Civil Veterinary Department. Madras. Admin. report 1926-33 - 1926-1933
Year: 1926
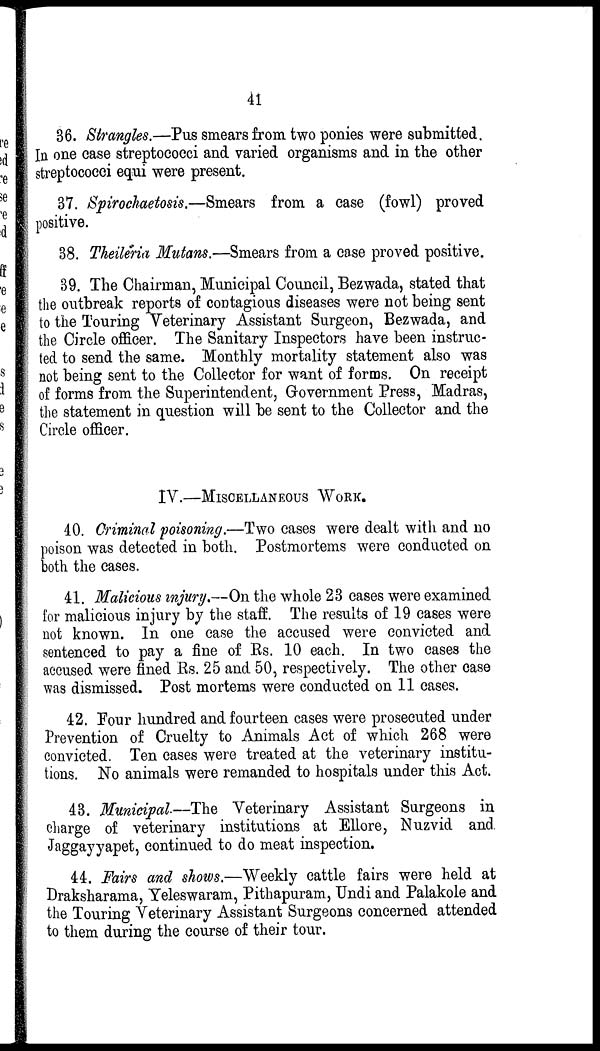
41
36. Strangles.—Pus smears from two ponies were submitted.
In one case streptococci and varied organisms and in the other
streptococci equi were present.
37. Spirochaetosis.—Smears from a case (fowl) proved
positive.
38. Theileria Mutans.—Smears from a case proved positive.
39. The Chairman, Municipal Council, Bezwada, stated that
the outbreak reports of contagious diseases were not being sent
to the Touring Veterinary Assistant Surgeon, Bezwada, and
the Circle officer. The Sanitary Inspectors have been instruc-
ted to send the same. Monthly mortality statement also was
not being sent to the Collector for want of forms. On receipt
of forms from the Superintendent, Government Press, Madras,
the statement in question will be sent to the Collector and the
Circle officer.
IV.—MISCELLANEOUS WORK.
40. Criminal poisoning.—Two cases were dealt with and no
poison was detected in both. Postmortems were conducted on
both the cases.
41. Malicious injury.--On the whole 23 cases were examined
for malicious injury by the staff. The results of 19 cases were
not known. In one case the accused were convicted and
sentenced to pay a fine of Rs. 10 each. In two cases the
accused were fined Rs. 25 and 50, respectively. The other case
was dismissed. Post mortems were conducted on 11 cases.
42. Four hundred and fourteen cases were prosecuted under
Prevention of Cruelty to Animals Act of which 268 were
convicted. Ten cases were treated at the veterinary institu-
tions. No animals were remanded to hospitals under this Act.
43. Municipal.—The Veterinary Assistant Surgeons in
charge of veterinary institutions at Ellore, Nuzvid and
Jaggayyapet, continued to do meat inspection.
44. Fairs and shows.—Weekly cattle fairs were held at
Draksharama, Yeleswaram, Pithapuram, Undi and Palakole and
the Touring Veterinary Assistant Surgeons concerned attended
to them during the course of their tour.